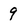
Character: 9